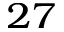
^ { 2 7 }